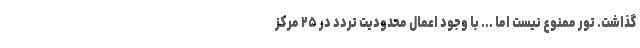
گذاشت. تور ممنوع نیست اما ... با وجود اعمال محدودیت تردد در ۲۵ مرکز